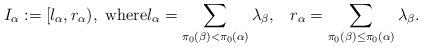
LaTeX: \begin{gather*} I_{\alpha}:=[l_\alpha,r_\alpha),\text{ where}l_\alpha=\sum_{\pi_0(\beta)<\pi_0(\alpha)}\lambda_\beta,\;\;\;r_\alpha=\sum_{\pi_0(\beta)\leq\pi_0(\alpha)}\lambda_\beta.\end{gather*}